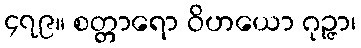
၄၇၉။ စတ္တာရော ဝိဟယော ဂုဉ္ဇာ၊